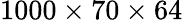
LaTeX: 1000\times 70\times 64